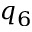
q _ { 6 }